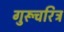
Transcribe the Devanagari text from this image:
गुरूचरित्र